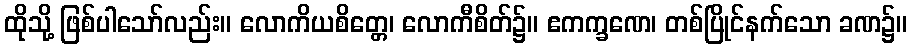
ထိုသို့ ဖြစ်ပါသော်လည်း။ လောကိယစိတ္တေ၊ လောကီစိတ်၌။ ဧကက္ခဏေ၊ တစ်ပြိုင်နက်သော ခဏ၌။